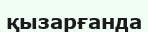
қызарғанда